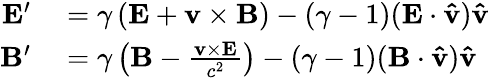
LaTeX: \begin{array}{rl}{\mathbf{E}^{\prime}}&{{}=\gamma\left(\mathbf{E}+\mathbf{v}\times\mathbf{B}\right)-\left({\gamma-1}\right)(\mathbf{E}\cdot\mathbf{\hat{v}})\mathbf{\hat{v}}}\\ {\mathbf{B}^{\prime}}&{{}=\gamma\left(\mathbf{B}-{\frac{\mathbf{v}\times\mathbf{E}}{c^{2}}}\right)-\left({\gamma-1}\right)(\mathbf{B}\cdot\mathbf{\hat{v}})\mathbf{\hat{v}}}\end{array}